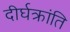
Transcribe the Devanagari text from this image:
दीर्घक्रांति